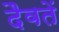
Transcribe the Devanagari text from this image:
दैवतें